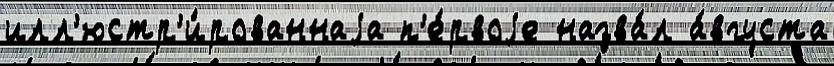
илл'юстр'и́рованнаjа п'е́рвоjе назва́л а́вгуста